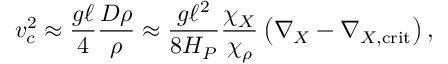
v _ { c } ^ { 2 } \approx { \frac { g \ell } { 4 } } { \frac { D \rho } { \rho } } \approx { \frac { g \ell ^ { 2 } } { 8 H _ { P } } } { \frac { \chi _ { X } } { \chi _ { \rho } } } \left( \nabla _ { X } - \nabla _ { X , \mathrm { c r i t } } \right) ,